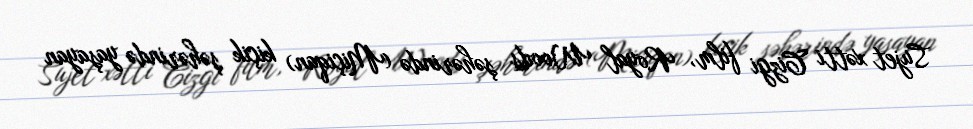
Sujet xətti Cizgi film, Royal Woods şəhərində (Miçiqan) kiçik şəhərində yaşayan